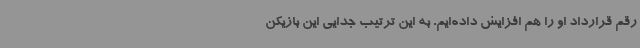
رقم قرارداد او را هم افزایش داده‌ایم. به این ترتیب جدایی این بازیکن